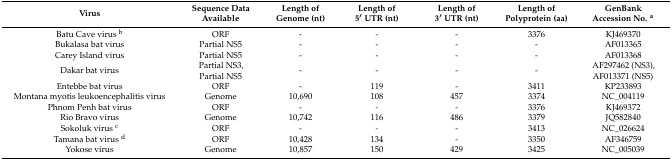
| Virus | Sequence Data Available | Length of Genome (nt) | Length of 5′ UTR (nt) | Length of 3′ UTR (nt) | Length of Polyprotein (aa) | GenBank Accession No. a |
 | --- | --- | --- | --- | --- | --- | --- |
 | Batu Cave virus b | ORF | - | - | - | 3376 | KJ469370 |
 | Bukalasa bat virus | Partial NS5 | - | - | - | - | AF013365 |
 | Carey Island virus | Partial NS5 | - | - | - | - | AF013368 |
 | Dakar bat virus | Partial NS3, Partial NS5 | - | - | - | - | AF297462 (NS3), AF013371 (NS5) |
 | Entebbe bat virus | ORF | - | 119 | - | 3411 | KP233893 |
 | Montana myotis leukoencephalitis virus | Genome | 10,690 | 108 | 457 | 3374 | NC_004119 |
 | Phnom Penh bat virus | ORF | - | - | - | 3376 | KJ469372 |
 | Rio Bravo virus | Genome | 10,742 | 116 | 486 | 3379 | JQ582840 |
 | Sokoluk virus c | ORF | - | - | - | 3413 | NC_026624 |
 | Tamana bat virus d | ORF | 10,428 | 134 | - | 3350 | AF346759 |
 | Yokose virus | Genome | 10,857 | 150 | 429 | 3425 | NC_005039 |